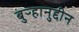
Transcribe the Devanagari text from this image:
बुऱ्हानुद्दीन